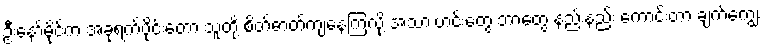
ဦးနော်မိုင်က အခုရက်ပိုင်းတော့ သူတို့ စိတ်ဓာတ်ကျနေကြလို့ အသားဟင်းတွေ ဘာတွေ နည်းနည်း ကောင်းတာ ချက်ကျွေး